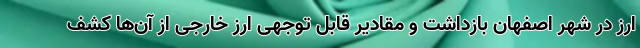
ارز در شهر اصفهان بازداشت و مقادیر قابل توجهی ارز خارجی از آن‌ها کشف